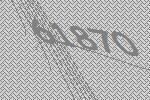
61870